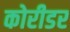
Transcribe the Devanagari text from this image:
कोरीडर